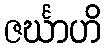
ဇင်္ဃာဟိ